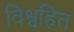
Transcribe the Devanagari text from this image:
विश्वहित